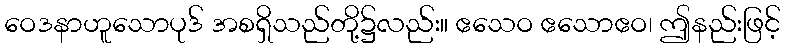
ဝေဒနာဟူသောပုဒ် အစရှိသည်တို့၌လည်း။ ဧသေဝ ဧသောဧဝ၊ ဤနည်းဖြင့်